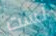
لست